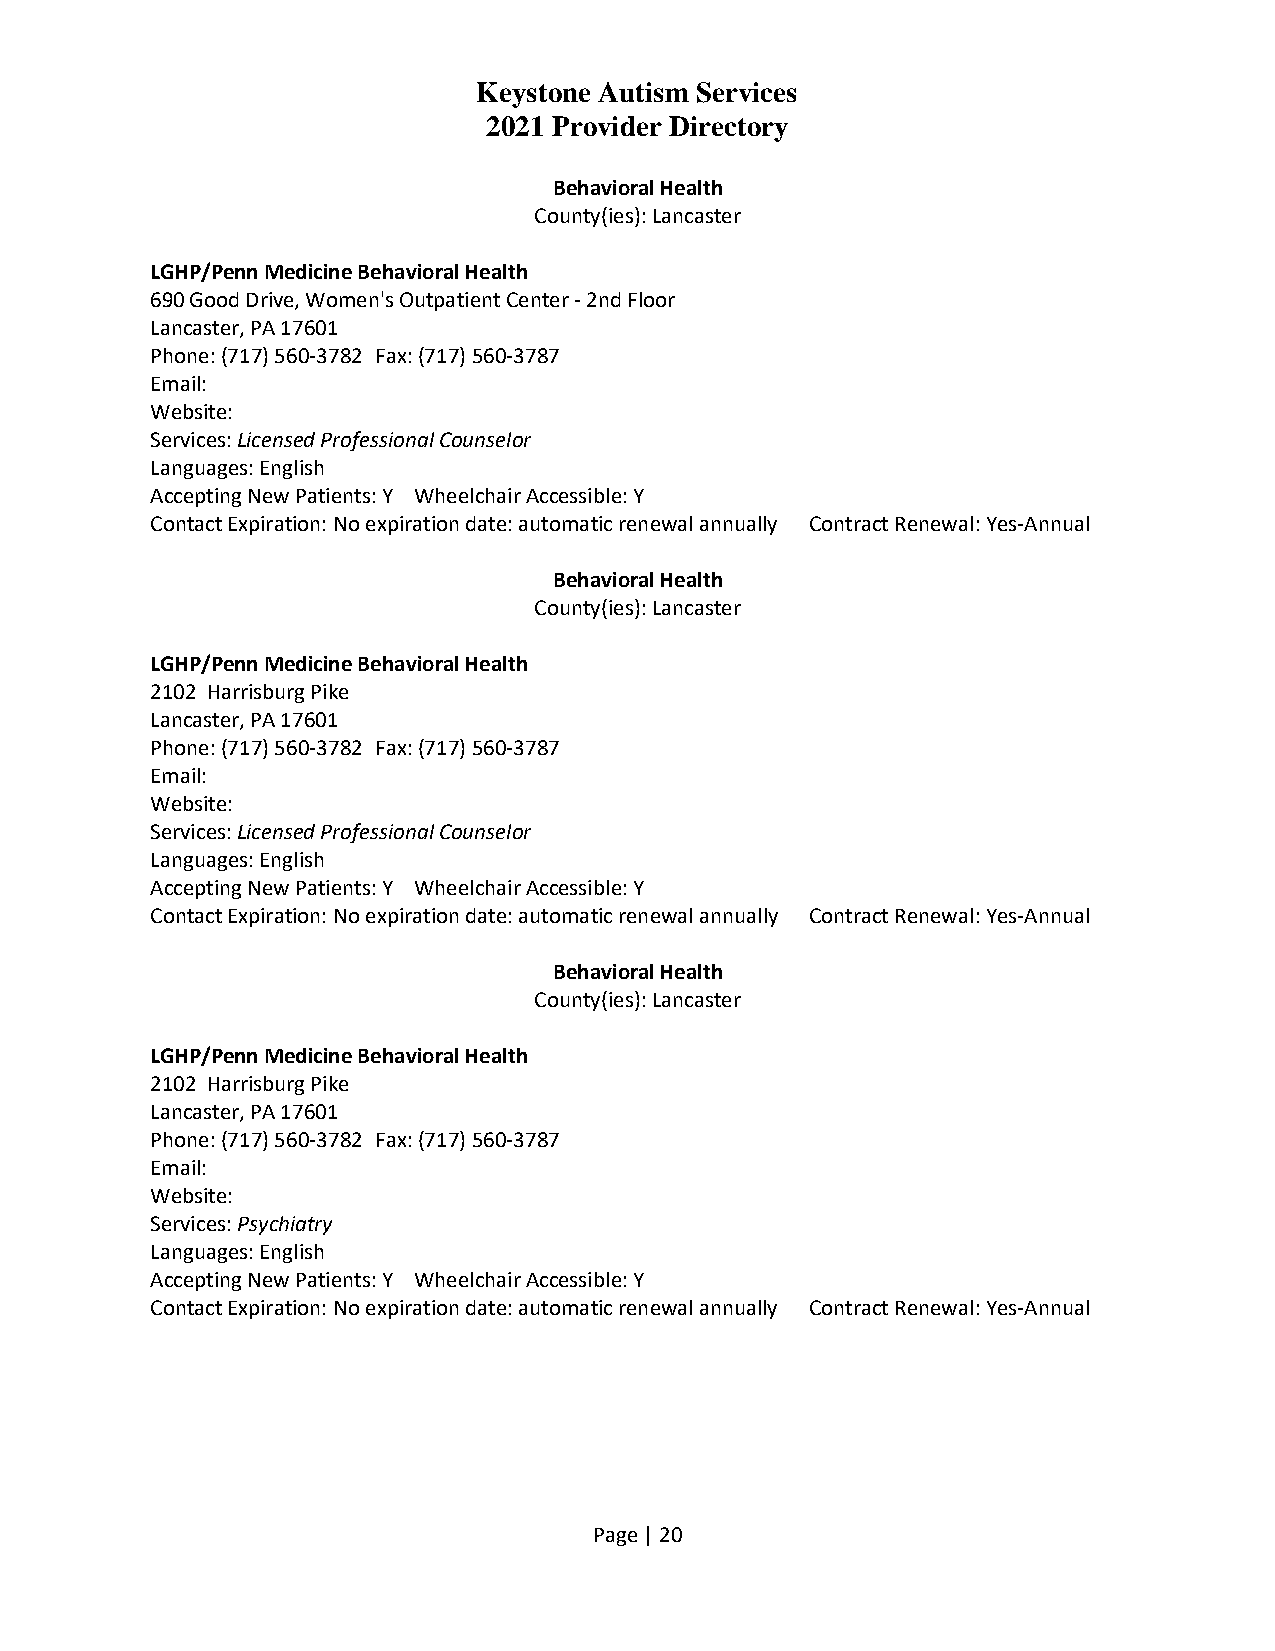
Keystone Autism Services
 2021 Provider Directory
 Behavioral Health
 County(ies): Lancaster
 LGHP/Penn Medicine Behavioral Health
 690 Good Drive, Women's Outpatient Center - 2nd Floor
 Lancaster, PA 17601
 Phone: (717) 560-3782 Fax: (717) 560-3787
 Email:
 Website:
 Services: Licensed Professional Counselor
 Languages: English
 Accepting New Patients: Y Wheelchair Accessible: Y
 Contact Expiration: No expiration date: automatic renewal annually Contract Renewal: Yes-Annual
 Behavioral Health
 County(ies): Lancaster
 LGHP/Penn Medicine Behavioral Health
 2102 Harrisburg Pike
 Lancaster, PA 17601
 Phone: (717) 560-3782 Fax: (717) 560-3787
 Email:
 Website:
 Services: Licensed Professional Counselor
 Languages: English
 Accepting New Patients: Y Wheelchair Accessible: Y
 Contact Expiration: No expiration date: automatic renewal annually Contract Renewal: Yes-Annual
 Behavioral Health
 County(ies): Lancaster
 LGHP/Penn Medicine Behavioral Health
 2102 Harrisburg Pike
 Lancaster, PA 17601
 Phone: (717) 560-3782 Fax: (717) 560-3787
 Email:
 Website:
 Services: Psychiatry
 Languages: English
 Accepting New Patients: Y Wheelchair Accessible: Y
 Contact Expiration: No expiration date: automatic renewal annually Contract Renewal: Yes-Annual
 Page | 20